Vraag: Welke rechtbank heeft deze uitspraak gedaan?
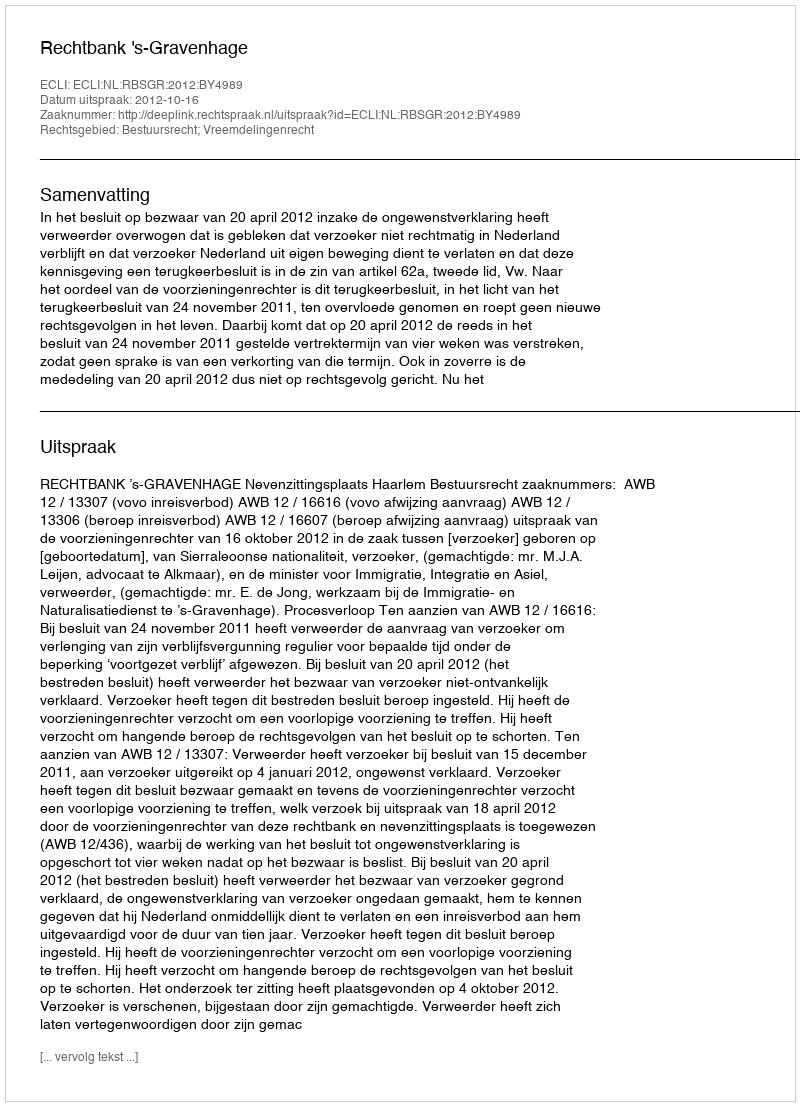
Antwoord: Rechtbank 's-Gravenhage